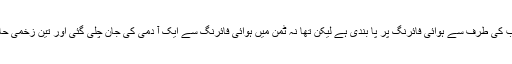
واضح رہے کہ حکو مت پنجاب کی طرف سے ہوائی فائرنگ پر پا بندی ہے لیکن تھا نہ ٹمن میں ہوائی فائرنگ سے ایک آ دمی کی جان چلی گئی اور تین زخمی حالت میں ہسپتال زیر علاج ہیں ۔